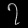
Digit: ၇